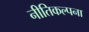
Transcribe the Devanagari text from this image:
नीतिकल्पना